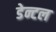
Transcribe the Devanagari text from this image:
डेन्टल